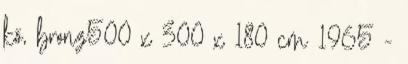
kő, bronz500 x 300 x 180 cm 1965 -